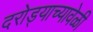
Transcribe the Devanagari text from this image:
दरोड्याच्यावेळी